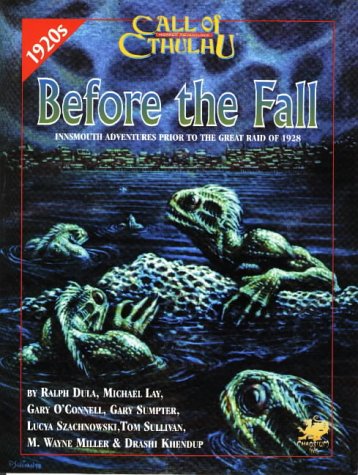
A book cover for Before the Fall: Innsmouth Adventures Prior to the Great Raid of 1928 (Call of Cthulhu); Ralph Dula; Science Fiction & Fantasy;